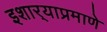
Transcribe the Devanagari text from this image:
इशार्‍याप्रमाणे